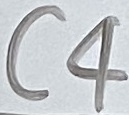
Text: C4